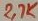
Text: 2,7K